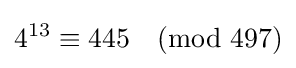
4^{13}\equiv 445{\pmod {497}}